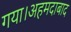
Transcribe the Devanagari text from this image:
गया।अहमदाबाद